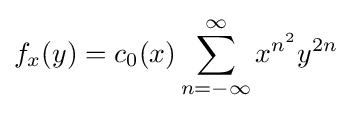
f_{x}(y)=c_{0}(x)\sum _{n=-\infty }^{\infty }x^{n^{2}}y^{2n}